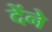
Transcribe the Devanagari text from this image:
देंने